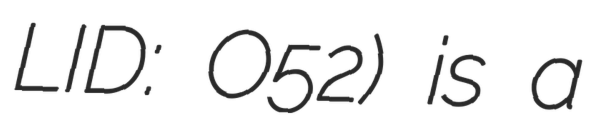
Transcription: LID: O52) is a